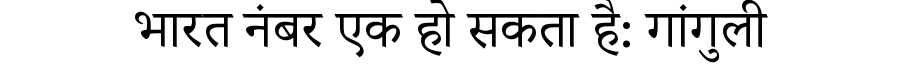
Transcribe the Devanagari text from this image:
भारत नंबर एक हो सकता है: गांगुली